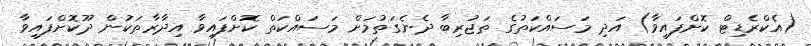
(އެކްރެޑިޓް ކޮށްފައިވާ) އަދި މަސައްކަތުގެ ތަޖުރިބާ ދެނެގަތުމަށް މަސައްކަތް ކޮށްފައިވާ އިދާރާތަކުން ދޫކޮށްފައިވާ